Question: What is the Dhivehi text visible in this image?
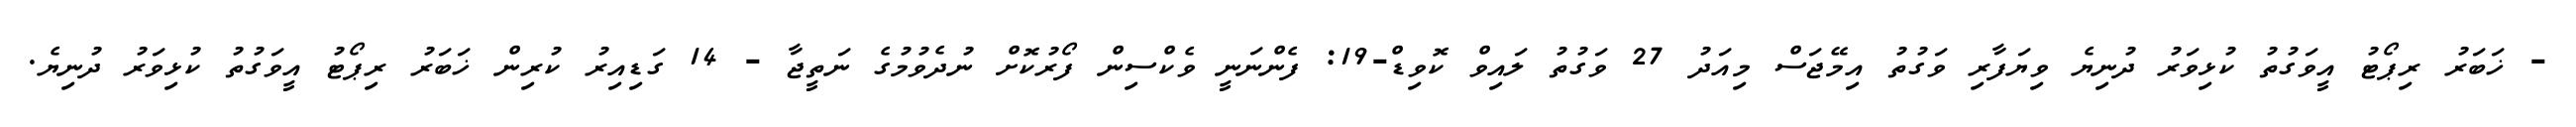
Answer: - ޚަބަރު ރިޕޯޓު އީވަގުތު ކުޅިވަރު ދުނިޔެ ވިޔަފާރި ވަގުތު އިމޭޖަސް މިއަދު 27 ވަގުތު ލައިވް ކޮވިޑް-19: ފެންނަނީ ވެކްސިން ފޯރުކޮށް ނުދެވުމުގެ ނަތީޖާ - 14 ގަޑިއިރު ކުރިން ޚަބަރު ރިޕޯޓު އީވަގުތު ކުޅިވަރު ދުނިޔެ.